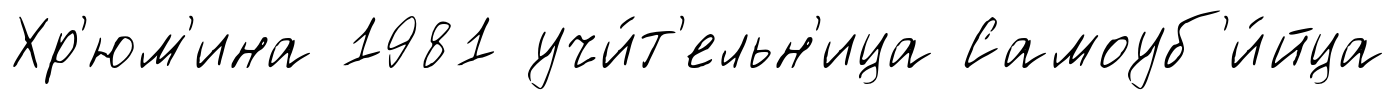
Хр'юм'ина 1981 учи́т'ельн'ица Самоуб'и́йца